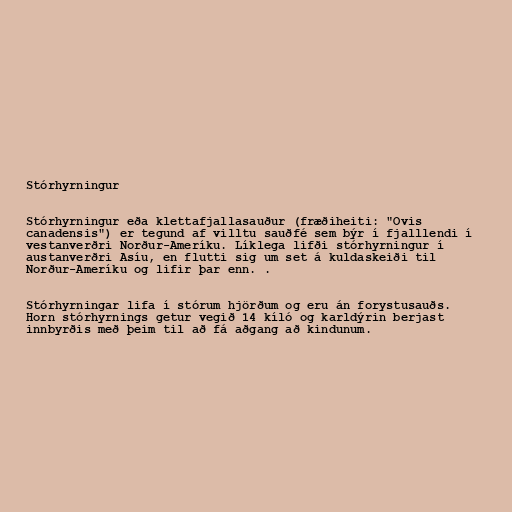
Stórhyrningur

Stórhyrningur eða klettafjallasauður (fræðiheiti: "Ovis
canadensis") er tegund af villtu sauðfé sem býr í fjalllendi í
vestanverðri Norður-Ameríku. Líklega lifði stórhyrningur í
austanverðri Asíu, en flutti sig um set á kuldaskeiði til
Norður-Ameríku og lifir þar enn. .

Stórhyrningar lifa í stórum hjörðum og eru án forystusauðs.
Horn stórhyrnings getur vegið 14 kíló og karldýrin berjast
innbyrðis með þeim til að fá aðgang að kindunum.